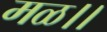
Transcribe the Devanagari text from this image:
मळ।।